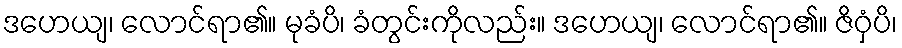
ဒဟေယျ၊ လောင်ရာ၏။ မုခံပိ၊ ခံတွင်းကိုလည်း။ ဒဟေယျ၊ လောင်ရာ၏။ ဇိဝှံပိ၊